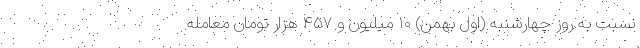
نسبت به روز چهارشنبه (اول بهمن) ۱۰ میلیون و ۴۵۷ هزار تومان معامله